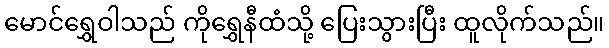
မောင်ရွှေဝါသည် ကိုရွှေနီထံသို့ ပြေးသွားပြီး ထူလိုက်သည်။